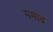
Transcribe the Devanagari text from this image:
ममाद